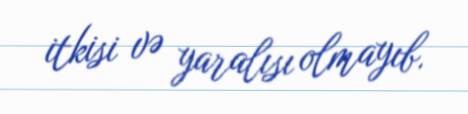
itkisi və yaralısı olmayıb.